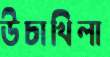
উচাখিলা